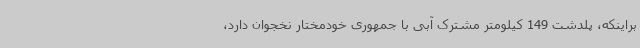
براینکه، پلدشت 149 کیلومتر مشترک آبی با جمهوری خودمختار نخجوان دارد،